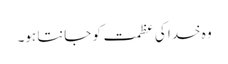
وہ خدا کی عظمت کو جانتا ہو۔